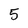
Character: 5